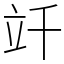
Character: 竏